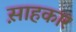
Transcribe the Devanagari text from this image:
स़ाहकार